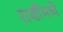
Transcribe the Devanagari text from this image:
राशींमध्ये